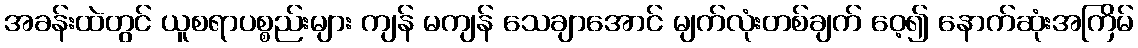
အခန်းထဲတွင် ယူစရာပစ္စည်းများ ကျန် မကျန် သေချာအောင် မျက်လုံးတစ်ချက် ဝေ့၍ နောက်ဆုံးအကြိမ်